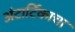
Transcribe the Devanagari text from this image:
अंटार्टिकाचा